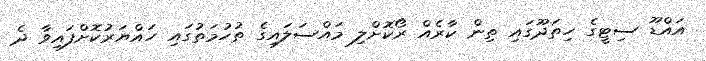
އައްޑޫ ސިޓީގެ ހިތަދޫގައި ތިން ކާރެއް ރޯކޮށްލި މައްސަލައިގެ ތުހުމަތުގައި ހައްޔަރުކޮށްފައިވާ ދެ